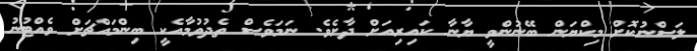
ލަސްނުކޮށް މިކްޔަން ބޭނުންވީ ޔާނާ ކައިރިއަށް ދާށެވެ. ނަމަވެސް ތެދުވުމާއެކީ ބިންމައްޗަށް ވެއްޓުނު